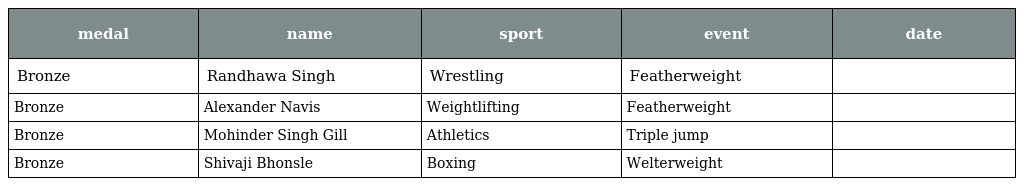
| medal | name | sport | event | date |
 | --- | --- | --- | --- | --- |
 | Bronze | Randhawa Singh | Wrestling | Featherweight |  |
 | Bronze | Alexander Navis | Weightlifting | Featherweight |  |
 | Bronze | Mohinder Singh Gill | Athletics | Triple jump |  |
 | Bronze | Shivaji Bhonsle | Boxing | Welterweight |  |